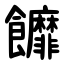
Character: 䭩